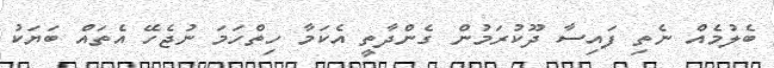
ބެލުމެއް ނެތި ފައިސާ ދޫކުރަމުން ގެންދާތީ އެކަމާ ހިތްހަމަ ނުޖެހޭ އެތައް ބަޔަކު